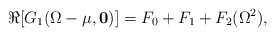
\begin{align*}\Re[G_1(\Omega-\mu,{\mathbf 0})]=F_0+F_1+F_2(\Omega^2),\end{align*}